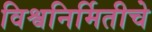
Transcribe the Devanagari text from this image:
विश्वनिर्मितीचे